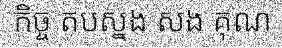
កិច្ច តបស្នង សង គុណ